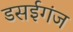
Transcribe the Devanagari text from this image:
डसईगंज